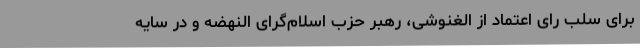
برای سلب رای اعتماد از الغنوشی، رهبر حزب اسلام‌گرای النهضه و در سایه